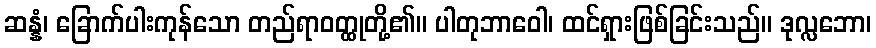
ဆန္နံ၊ ခြောက်ပါးကုန်သော တည်ရာဝတ္ထုတို့၏။ ပါတုဘာဝေါ၊ ထင်ရှားဖြစ်ခြင်းသည်။ ဒုလ္လဘော၊